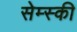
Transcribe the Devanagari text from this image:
सेम्स्की